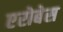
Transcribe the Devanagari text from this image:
एरोबेस